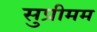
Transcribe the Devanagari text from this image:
सुप्रीमम